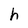
Character: h